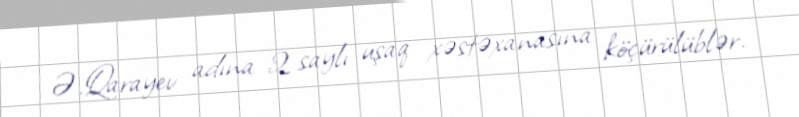
Ə.Qarayev adına 2 saylı uşaq xəstəxanasına köçürülüblər.